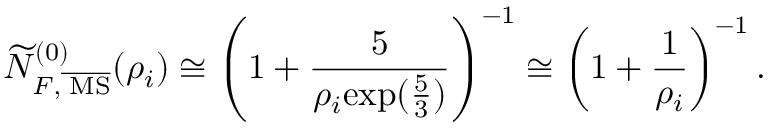
\widetilde { N } _ { F , \overline { { { \mathrm { \tiny ~ M S } } } } } ^ { ( 0 ) } ( \rho _ { i } ) \cong \left( 1 + { \frac { 5 } { \rho _ { i } { \exp ( { \frac { 5 } { 3 } } ) } } } \right) ^ { - 1 } \cong \left( 1 + { \frac { 1 } { \rho _ { i } } } \right) ^ { - 1 } .